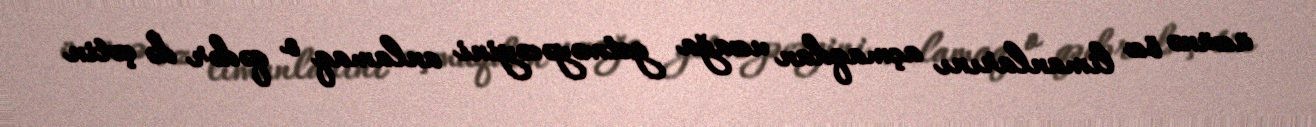
üzünə öz limanlarını açmaqdan uzağa getməyəcəyini anlamaq o qədər də çətin